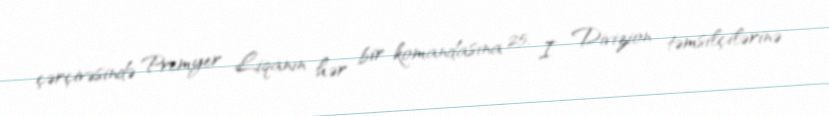
çərçivəsində Premyer Liqanın hər bir komandasına 25, I Divizion təmsilçilərinə